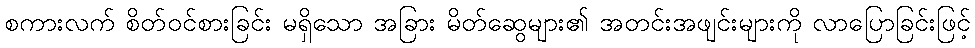
စကားလက် စိတ်ဝင်စားခြင်း မရှိသော အခြား မိတ်ဆွေများ၏ အတင်းအဖျင်းများကို လာပြောခြင်းဖြင့်